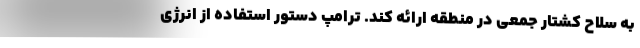
به سلاح کشتار جمعی در منطقه ارائه کند. ترامپ دستور استفاده از انرژی